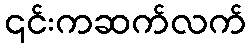
၎င်းကဆက်လက်